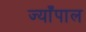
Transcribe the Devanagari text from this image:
ज्याँपाल